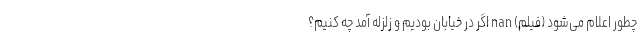
چطور اعلام می‌شود (فیلم) nan اگر در خیابان بودیم و زلزله آمد چه کنیم؟